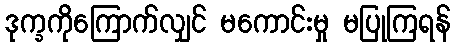
ဒုက္ခကိုကြောက်လျှင် မကောင်းမှု မပြုကြရန်